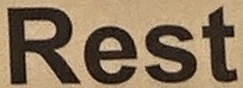
Rest